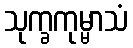
သုက္ခကုမ္မာသံ